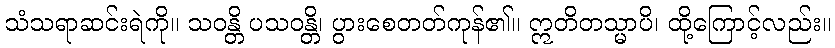
သံသရာဆင်းရဲကို။ သဝန္တိ ပသဝန္တိ၊ ပွားစေတတ်ကုန်၏။ ဣတိတသ္မာပိ၊ ထို့ကြောင့်လည်း။